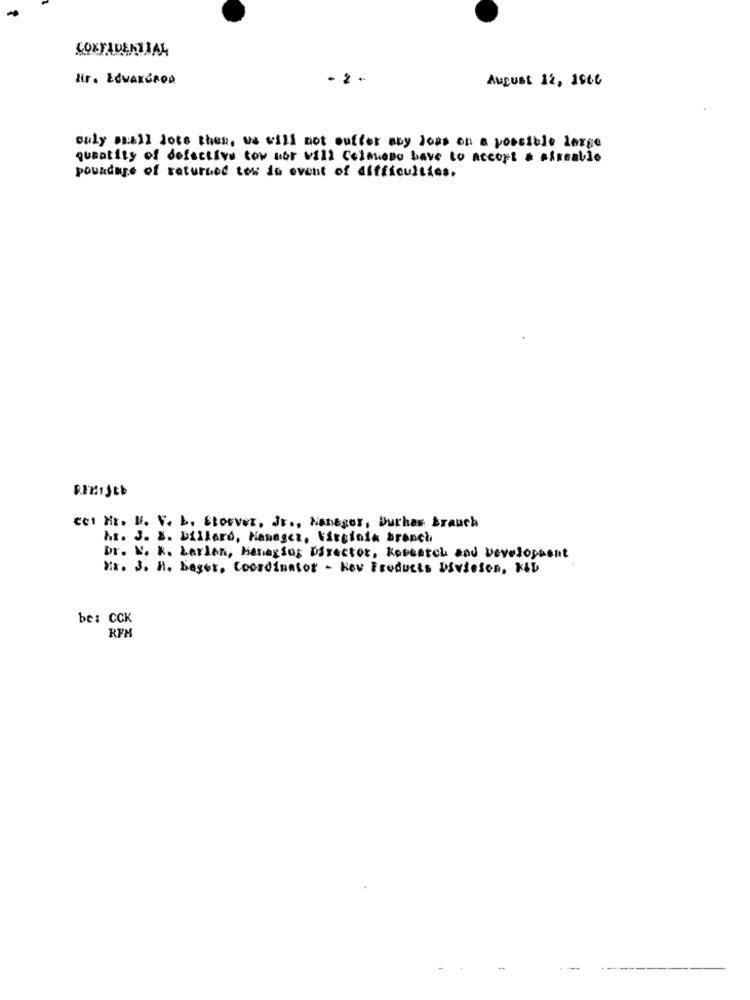
CONFIDENTIAL
dir. ECVAKGROD
- 2 +
August 12, 1966
only mall lote then, we will not suffer aby Jous on a possible large
quantity of defective tow nor will CeimeDo have to accept a sixzablo
pouadage of returned tow do event of difficulties.
cet Hr. M. V. L. Storver, Jr ., Haneger, burhan Brauch
hr. J. X. Dillard, Managez, Virginia branch
Dr. N. R. Larlen, Managing Director, Research and Development
Mr. J. h. Bager, Coordinator - Rev Products Division, KID
be: CCK
RFM